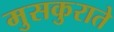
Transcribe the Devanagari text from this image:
मुसकुराते